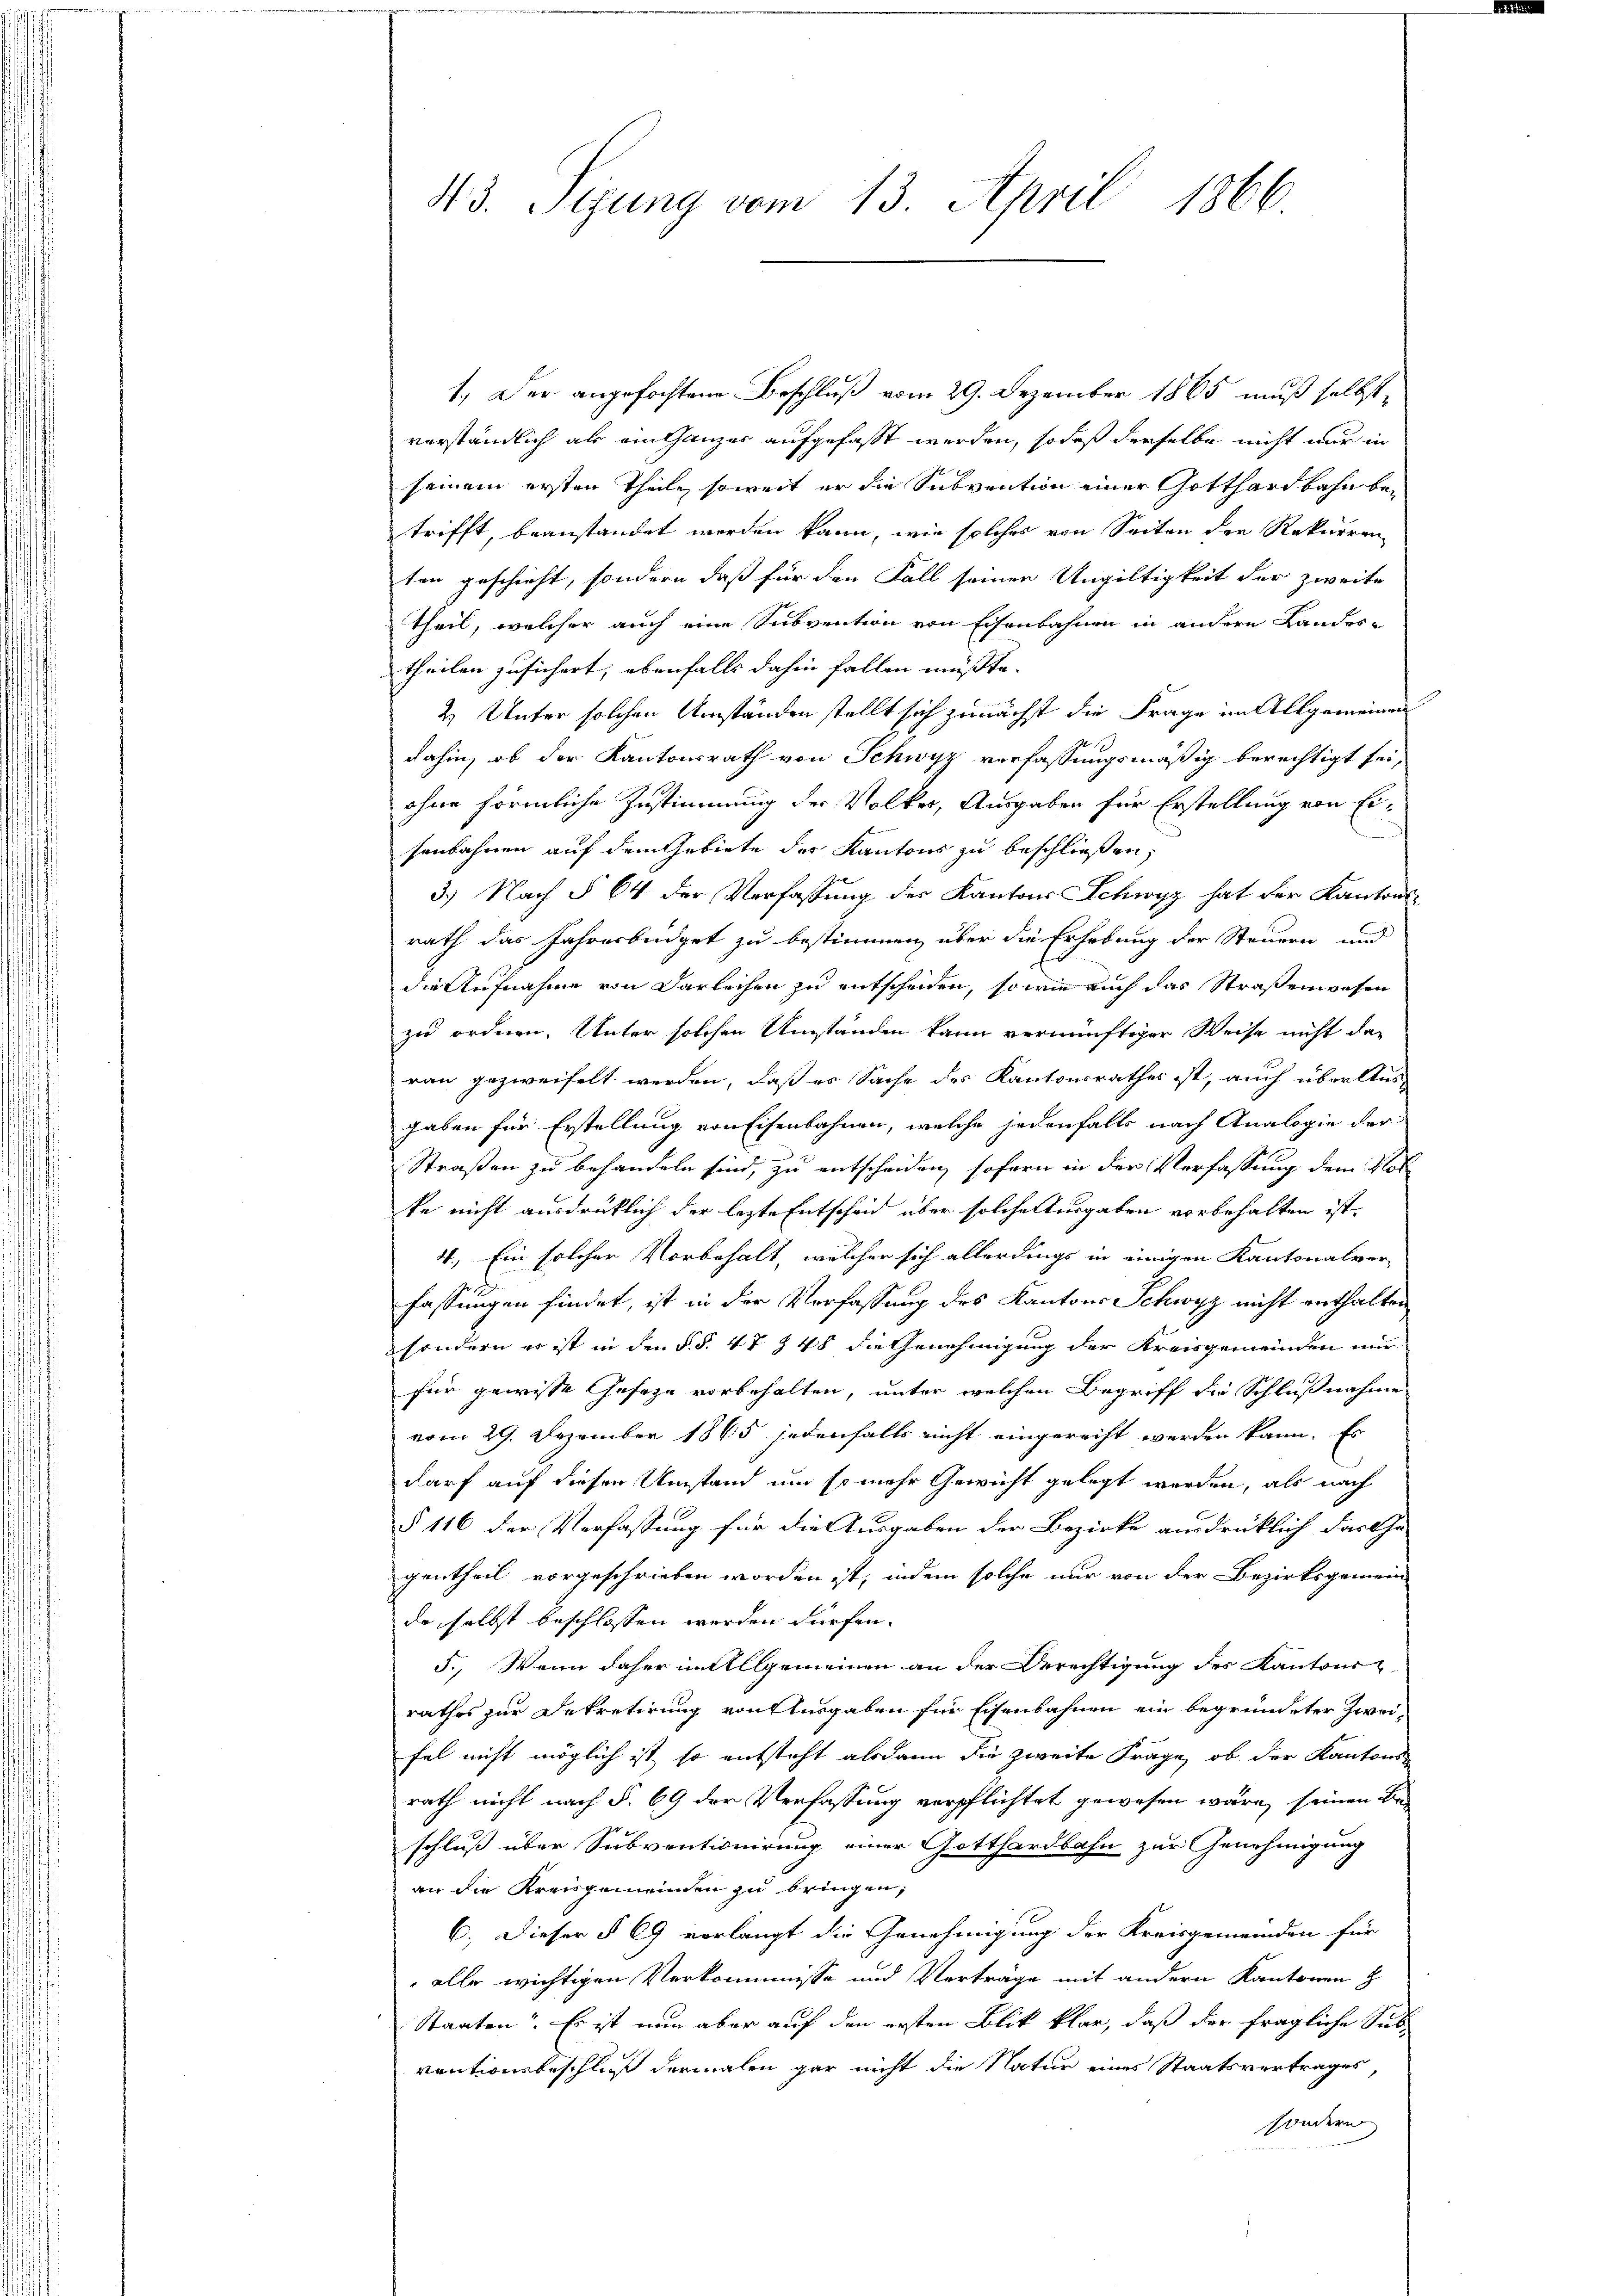
43. Segung vom 13. April 1866

1.) Der angefochtene Beschluß vom 29. Dezember 1865 muß selbst,
verständlich als ein ganzes aufgefaßt werden, sodaß derselbe nicht nur in
seinem ersten Theile, soweit er die Subvention einer Gotthardbahn betrifft, beanstandet werden kann, wie solches von Seiten der Rekurren
ten geschieht, sondern daß für den Fall seiner Ungültigkeit der zweite
theil, welcher auch eine Subvention von Eisenbahnen in andern Landestheilen zusichert, ebenfalls dahin fallen müsste. |
2 Unter solchen Umständen stellt sich zunächst die Frage im Allgemeinen
dahin, ob der Kantonsrath von Schwyz verfassungsmäßig berechtigt sei,
ohne förmliche Zustimmung der Volkes, Ausgaben für Erstellung von Ein
senbahnen auf dem Gebiete der Kantons zu beschließen,
3.) Nach § 64 der Verfassung der Kantons Schwyz hat der Kantons-
rath das Jahresbüdget zu bestimmen, über die Erhebung der Steuern und
die Aufnahme von Darleihen zu entscheiden, sowie auch das Straßenwesen
zu ordnen. Unter solchen Umständen kann vernünftiger Weise nicht das
ran gezweifelt werden, daß es Sache des Kantonsrathes ist, auch über Aus-
haben für Erstellung von Eisenbahnen, welche jedenfalls nach Analogie der
Straßen zu behandeln sind, zu entscheiden, soforn in der Verfassung dem Hotte nicht ausdrücklich der lezte Entscheid über solche Ausgaben vorbehalten ist.
4.) Ein solcher Vorbehalt, welcher sich allerdings in einigen Kantonalver-
fassungen findet, ist in der Verfassung des Kantons Schwyz nicht enthalten
sondern es ist in den §. §. 47 § 48 die Genehmigung der Kreisgemeinden nur
für gewisse Geseze vorbehalten, unter welchen Begriff die Schlußnahme
vom 29. Dezember 1865 jedenfalls nicht eingerecht werden kann. Es
darf auf diesen Umstand um so mehr Gewicht gelegt werden, als nach
§ 116 der Verfassung für die Ausgaben der Bezirke ausdrücklich dartha
gentheil vorgeschrieben worden ist; indem solche nur von der Bezirksgemeinde selbst beschlossen werden dürfen.
5., Wenn daher im Allgemeinen an der Berechtigung des Kantons
rathes zur Dekretirung von Ausgaben für Eisenbahnen ein begründeter Zweifel nicht möglich ist so entsteht alsdann die zweite Frage, ob der Kantons
rath nicht nach §. 69 der Verfassung verpflichtet gewesen wäre, seinen Be-
schluß über Subventionirung einer Gotthardbahn zur Genehmigung
an die Kreisgemeinden zu bringen;
6. Dieser § 69 vorlangt die Genehmigung der Kreisgemeinden für
alle wichtigen Verkommnisse und Verträge mit andern Kantonen z
Staaten. Es ist nun aber auf den ersten Blick klar, daß der fragliche Sub-
ventionsbeschluß dermalen gar nicht die Natur eines Staatsvertrages,
sondern